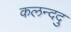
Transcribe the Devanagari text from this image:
कलन्ददु